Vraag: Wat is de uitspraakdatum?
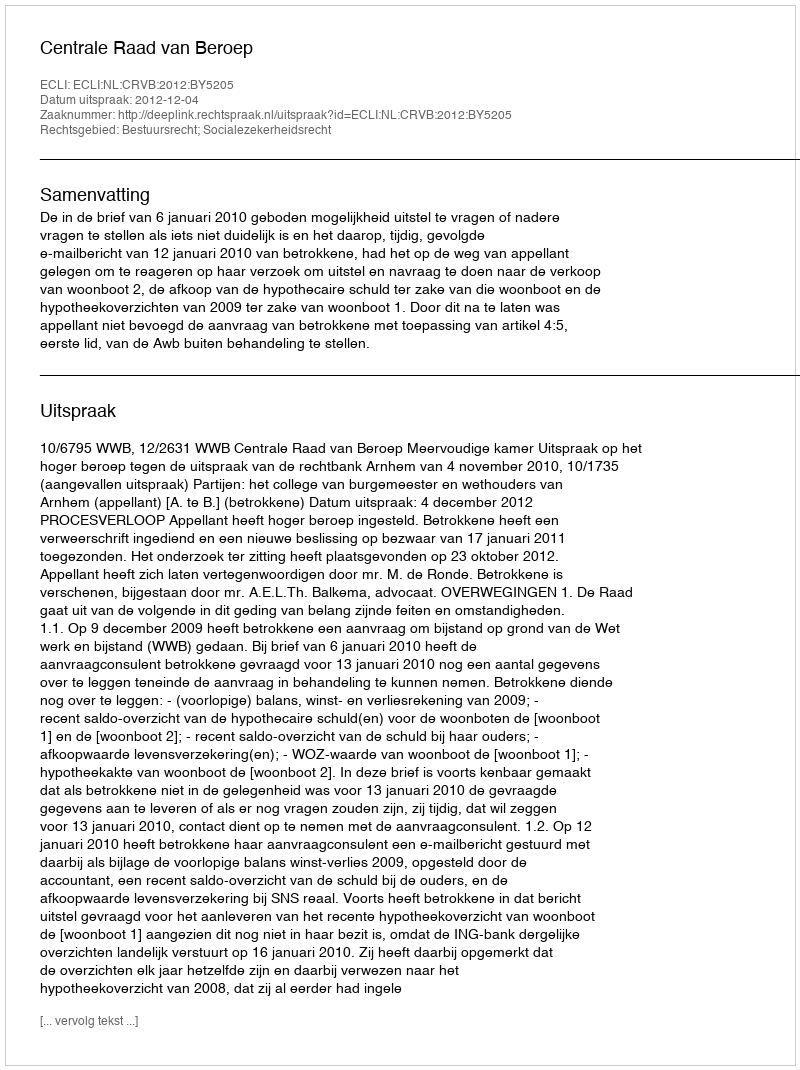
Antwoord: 2012-12-04